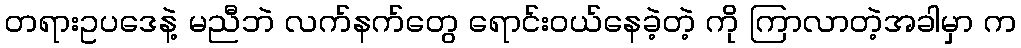
တရားဥပဒေနဲ့ မညီဘဲ လက်နက်တွေ ရောင်းဝယ်နေခဲ့တဲ့ ကို ကြာလာတဲ့အခါမှာ က